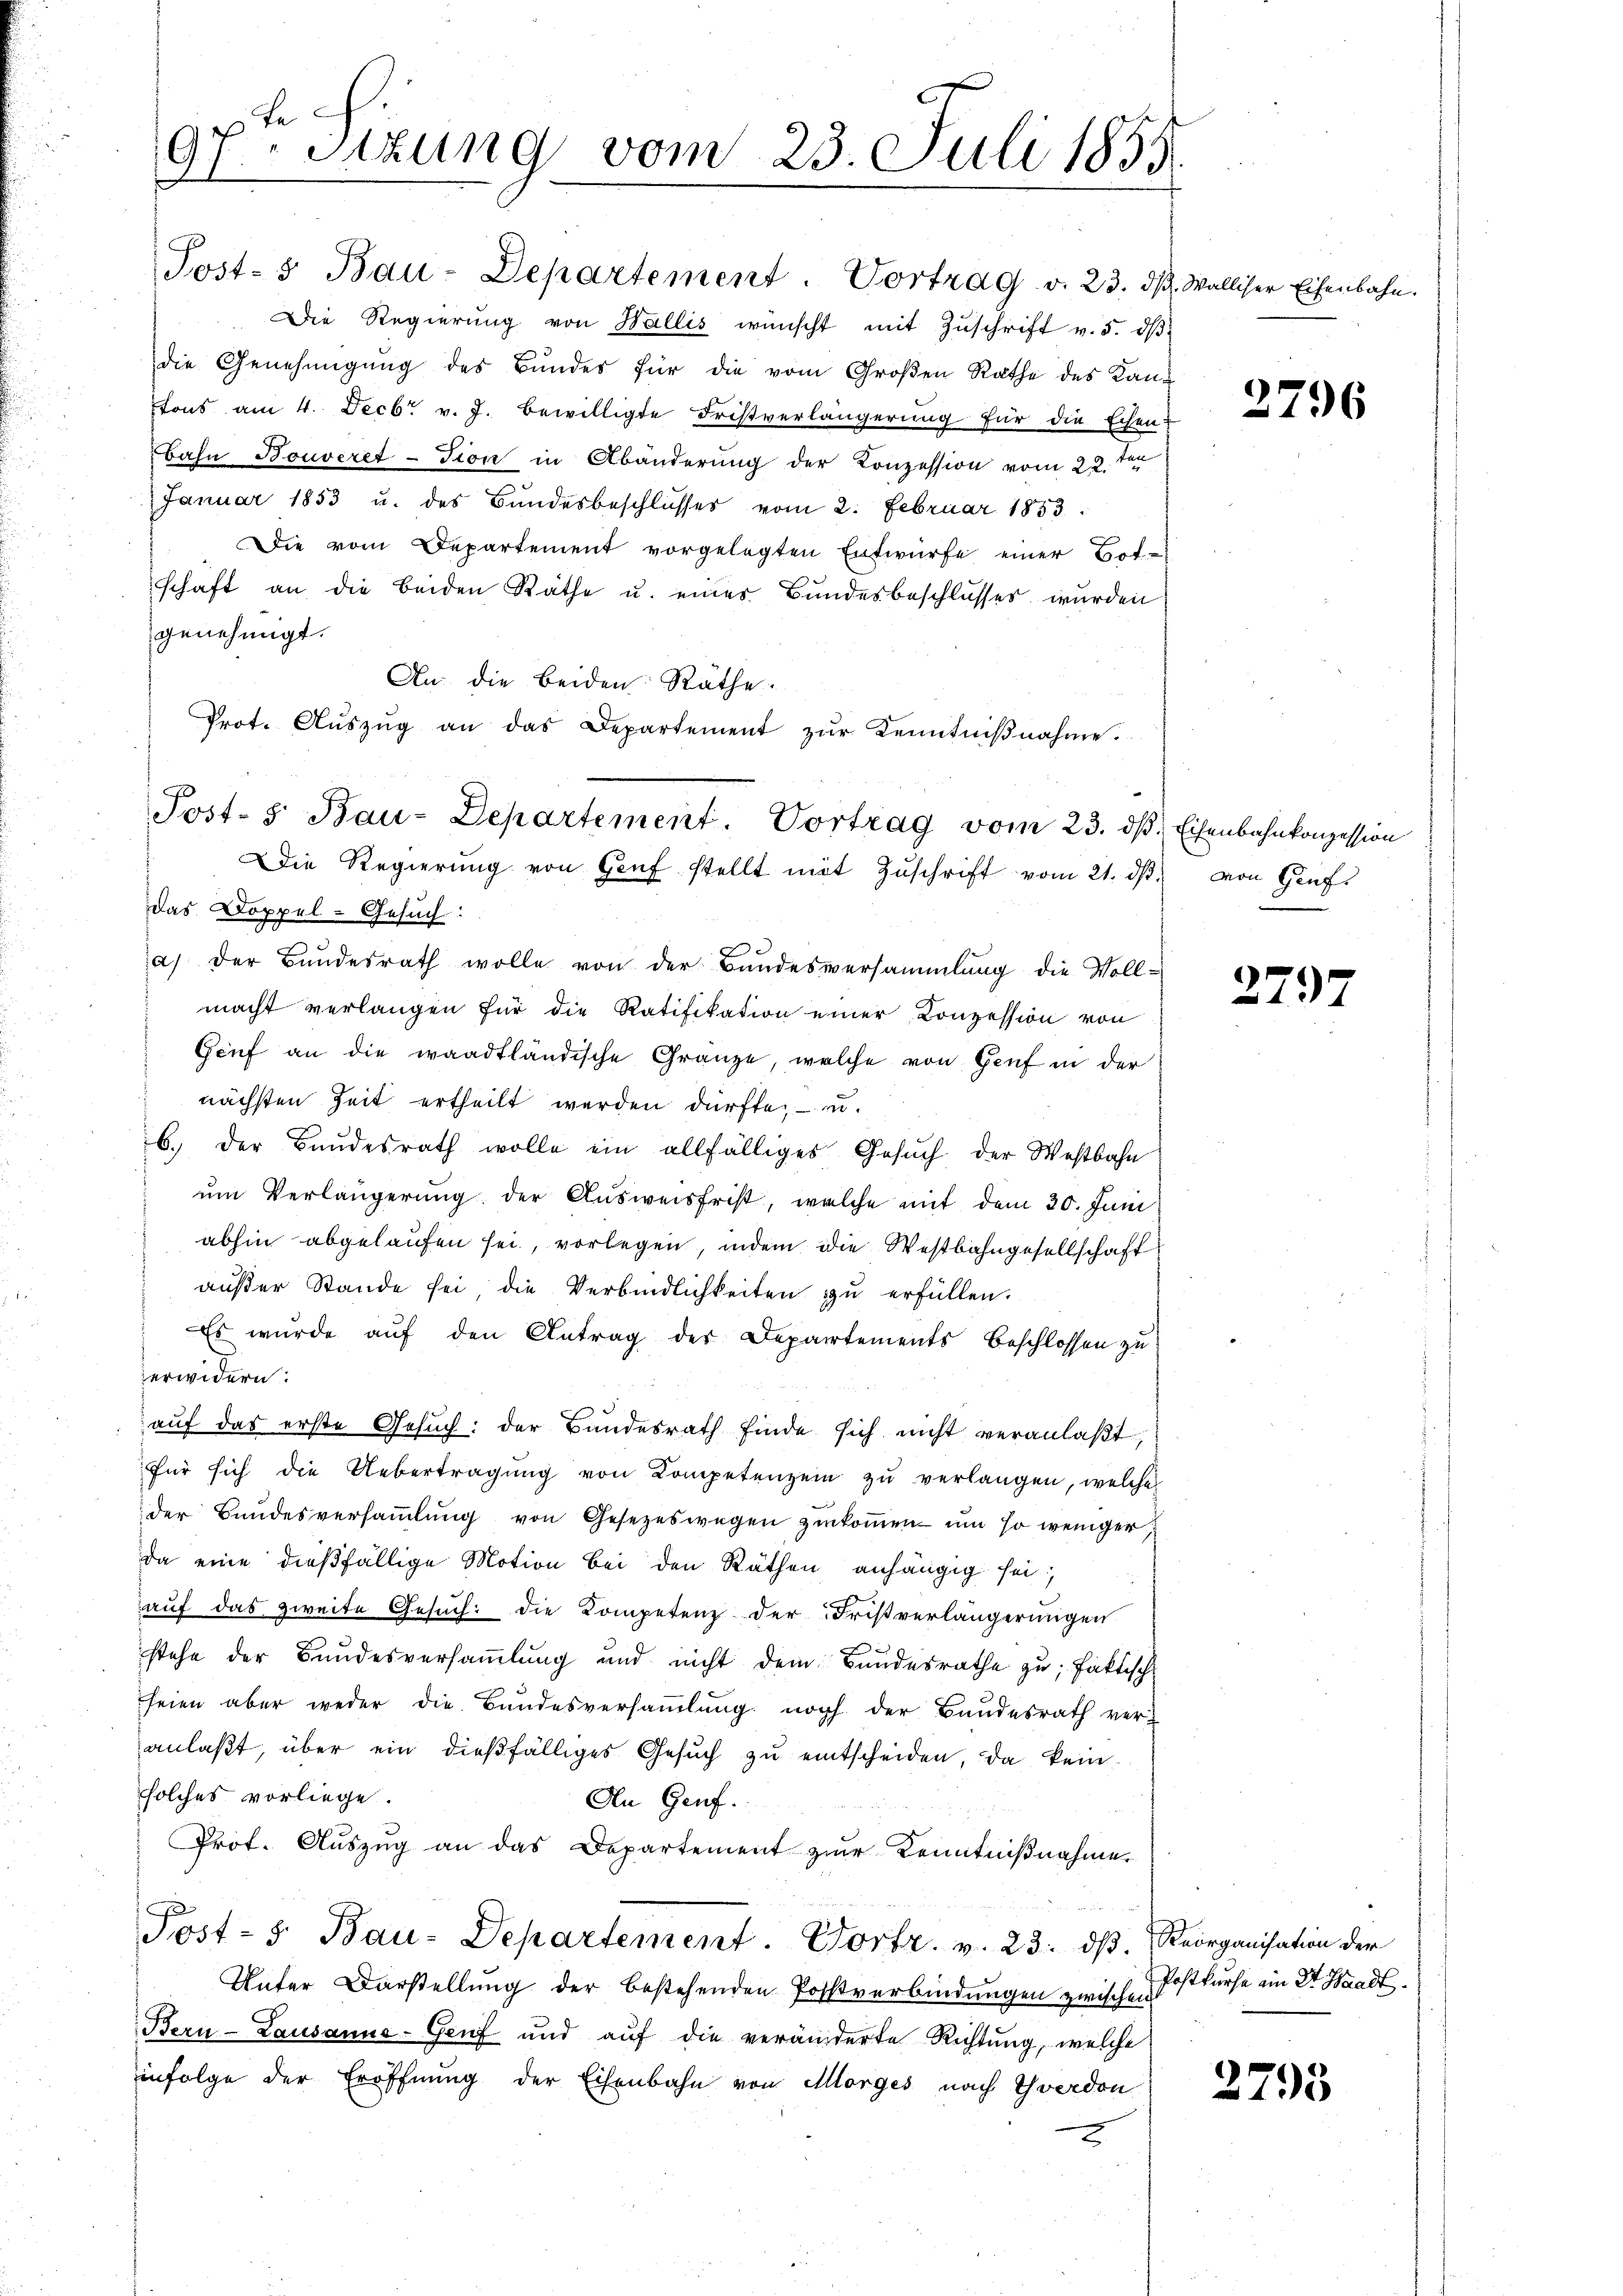
9.
E
sizung vom 23. Juli 1855

Post- & Bau-Departement. Vortrag v. 23. ds.
Die Regierung von Wallis wünscht mit Zuschrift v. 5. dβ
die Genehmigŭng des Bundes für die vom Großen Rathe des Kan-
tons am 4. Decbr v. J. bewilligte Fristverlängerung für die Echen:
Bahn Bouveret-Tion in Abänderung der Konzession vom 22. ten
Januar 1853 u. des Bundesbeschlusses vom 2. Februar 1853.
Die vom Departement vorgelegten Entwürfe einer Botschaft an die beiden Räthe u. eines Bundesbeschlusses wurden
genehmigt.
An die beiden Räthe.
Prot. Aŭszŭg an das Departement zŭr Kenntniβnahme.
Das Doppel-Gesuch:
a) der Bundesrath wolle von der Bundesversammlung die Voll-
macht verlangen für die Ratifikation einer Conzession von
Genf an die waadtländische Gränze, welche von Genf in der
nächsten Zeit ertheilt werden dürfte, u.
b. der Bundesrath wolle ein allfälliges Gesuch der Westbahn
um Verlängerung der Ausweisfrist, welche mit dem 30. Juni
abhin abgelaufen sei, vorlegen, indem die Westbahngesellschaft
außer Stande sei die Verbindlichkeiten zu erfüllen.
Es wurde auf den Antrag des Departements Beschlossen zu
erwidern:
auf das erste Gesuch: der Bundesrath finde sich nicht veranlaßt,
für sich die Uebertragŭng von Kompetenzen zŭ verlangen, welche
der Bandesversaṁlŭng von Gesetzeswegen zŭkoṁen um so weniger,
da eine dießfällige Motion bei den Räthen anhängig sei
auf das zweite Gesuch: die Kompetenz der Fristverlängerungen
stehe der Bundesversammlung und nicht dem Bundesrathe zu; faktisch
seien aber weder die Bundesversammlung noch der Bundesrath ver-
anlaβt, über ein dießfälliges Gesŭch zŭ entscheiden, da kein
solches vorliege.
An Genf.
Prof. Auszug an das Departement zur Kenntnißnahme
J
Post- 5. Bau-Departement. Portr. v. 23. dß. Reorganisation der
Unter Darstellung der bestehenden Postverbindungen zwischen fürse ein Dr. Waadt.
Bern - Lausanne-Genf und auf die veränderte Richtung, welche
infolge der Eröffnung der Eisenbahn von Morges nach Yverdon
2

Post- u Bau-Departement. Vortrag vom 23. dβ. Eisenbahnkonzession
Die Regierŭng von Genf stellt mit Zŭschrift vom 21. dβ von Gruf

3. Walliser Eisenbahn.

2796

2797

2795